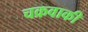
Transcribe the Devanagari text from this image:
चक्रवाकी